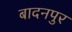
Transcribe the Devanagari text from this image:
बादनपुर